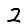
Digit: 2